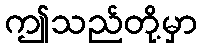
ဤသည်တို့မှာ